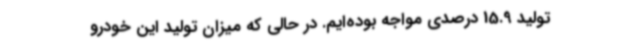
تولید 15.9 درصدی مواجه بوده‌ایم. در حالی که میزان تولید این خودرو